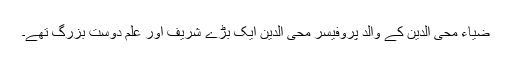
ضیاء محی الدین کے والد پروفیسر محی الدین ایک بڑے شریف اور علم دوست بزرگ تھے۔